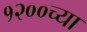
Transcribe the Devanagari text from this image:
१२००च्या